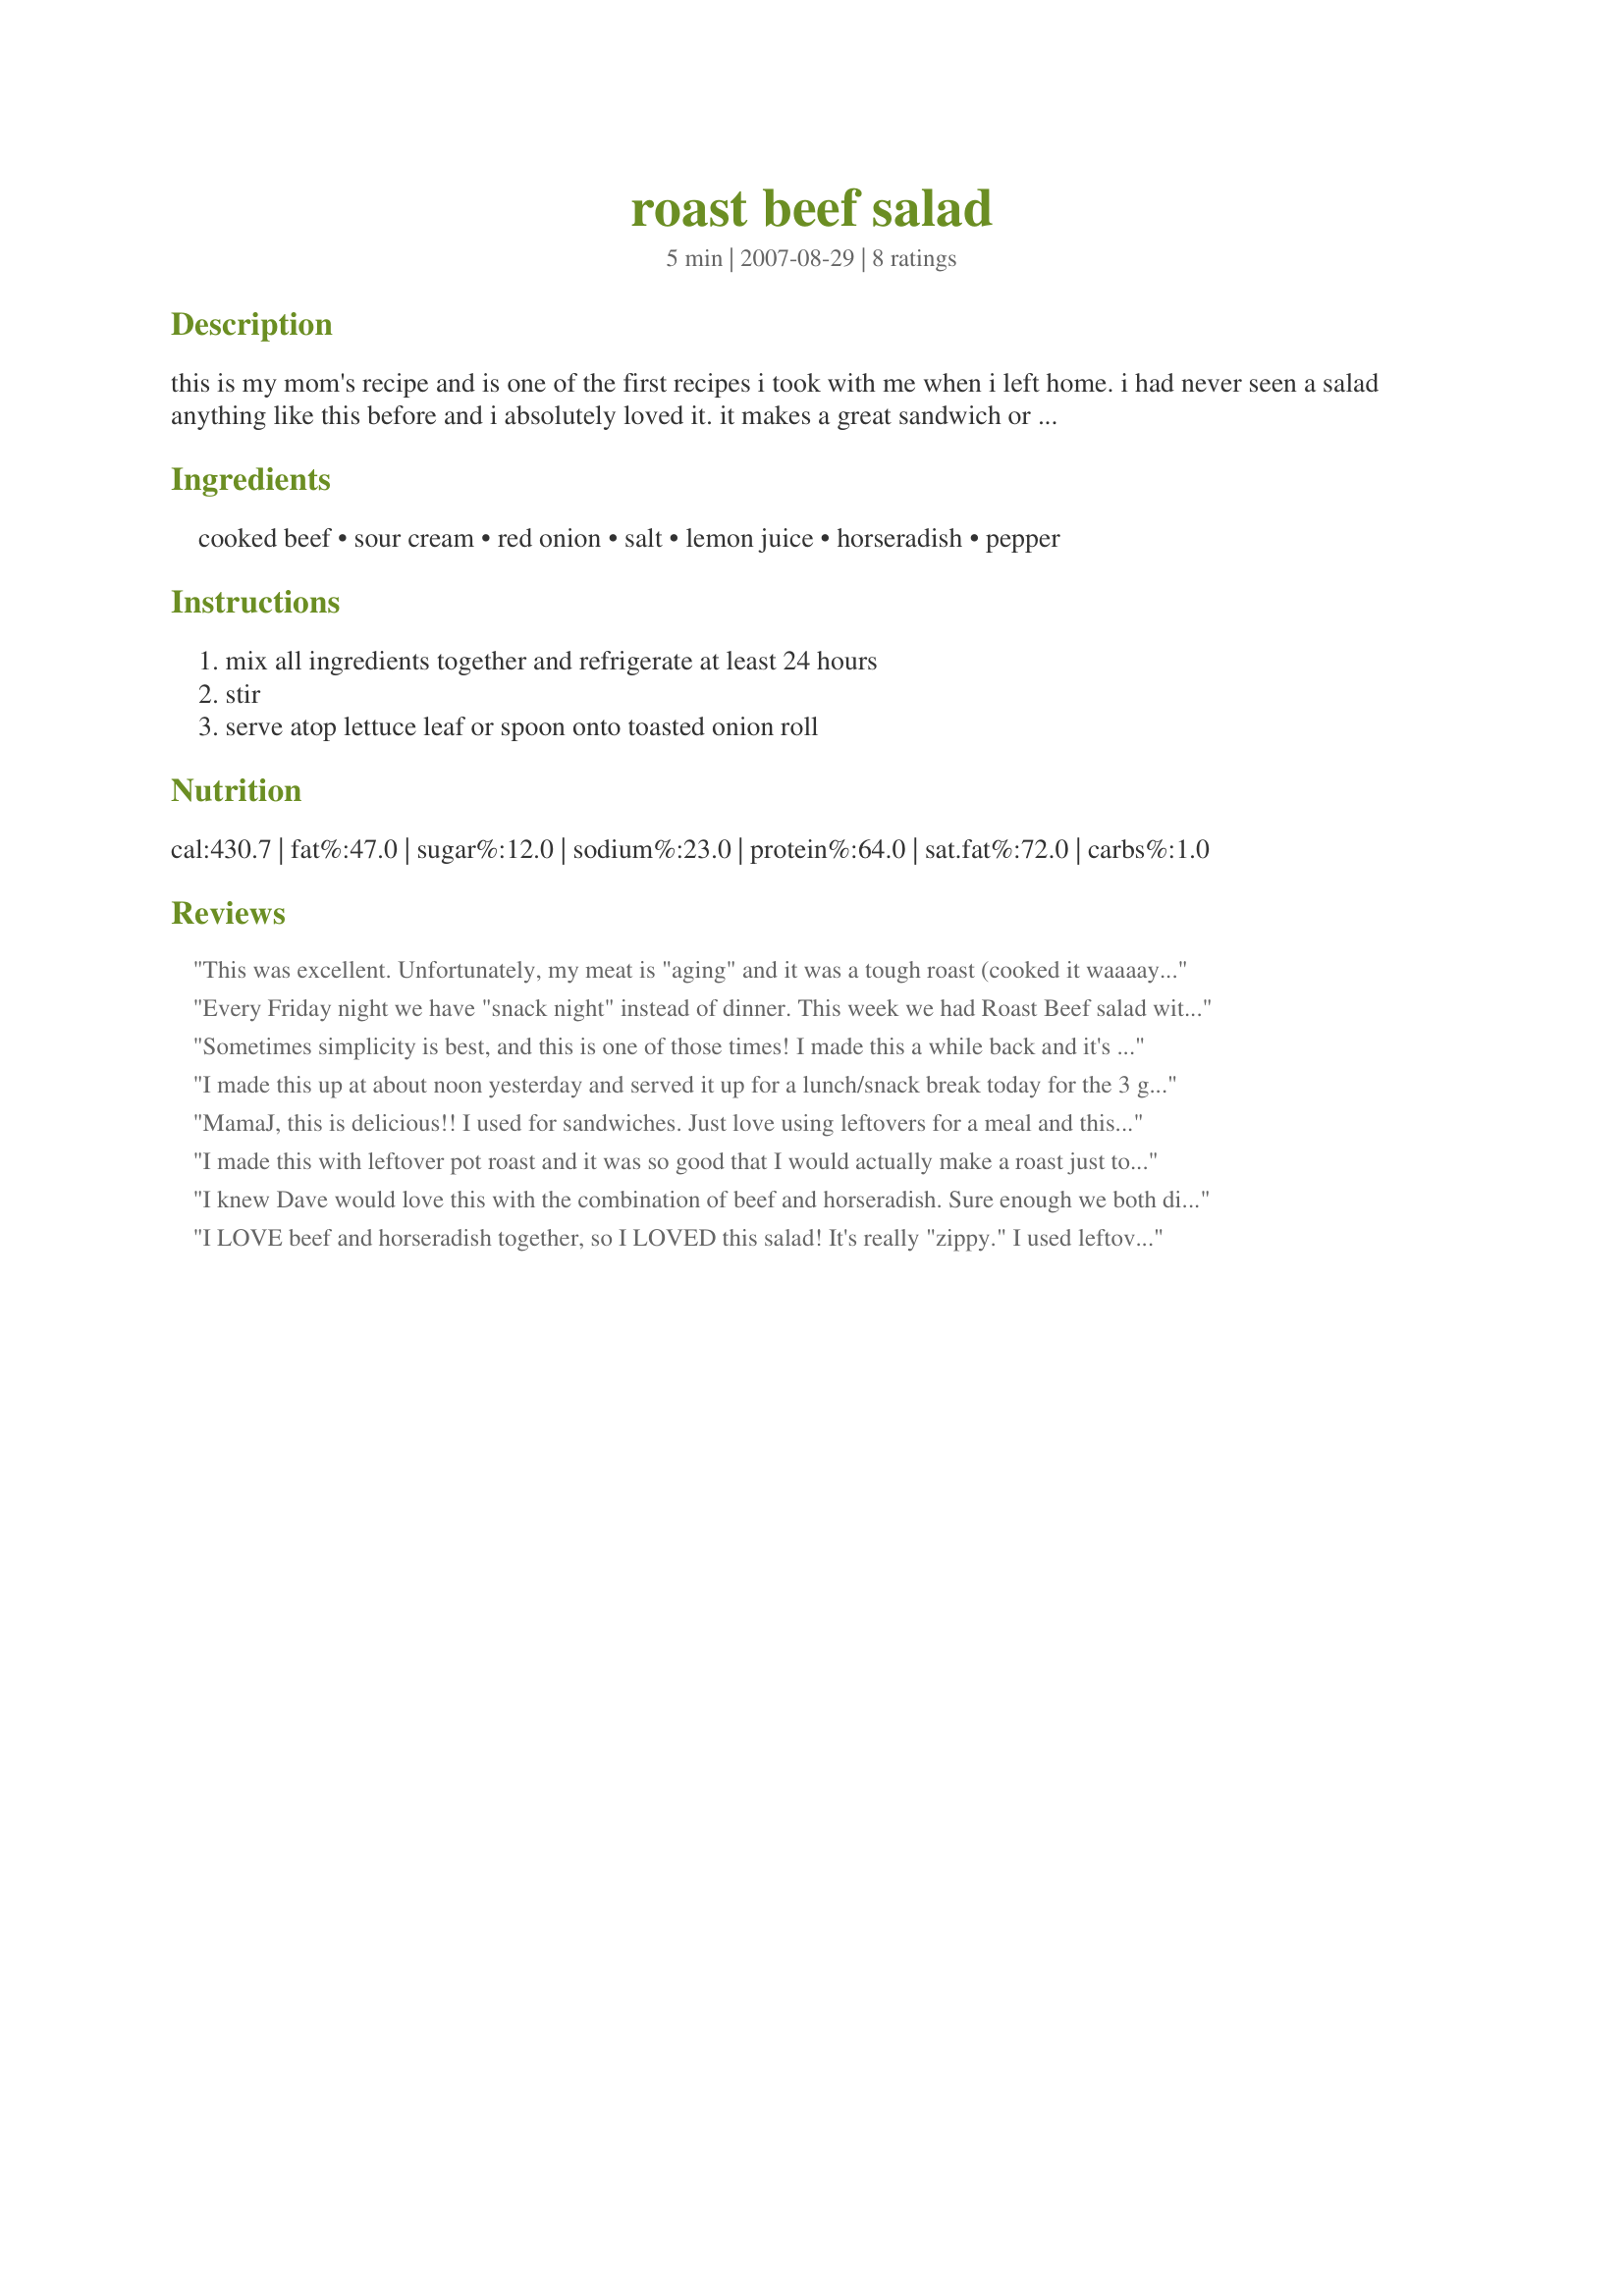
roast beef salad
Preparation time: 5 minutes

this is my mom's recipe and is one of the first recipes i took with me when i left home. i had never seen a salad anything like this before and i absolutely loved it. it makes a great sandwich or it can be eaten plain. it is great for a casual lunch with friends. enjoy! (time does not include chill time).

Ingredients:
cooked beef, sour cream, red onion, salt, lemon juice, horseradish, pepper

Steps:
mix all ingredients together and refrigerate at least 24 hours, stir, serve atop lettuce leaf or spoon onto toasted onion roll

Reviews:
This was excellent. Unfortunately, my meat is "aging" and it was a tough roast (cooked it waaaay too long), so next time, I will use a "young" roast that's not overdone. I followed the recipe precisely as written, and will do so again. I think a roast will be totally dedicated to this salad, and not just a way to use left over meat. Thanks
Every Friday night we have "snack night" instead of dinner. This week we had Roast Beef salad with cheese and crackers and we all loved it! It is such a nice change from the regular roast beef spread with pickle relish and mayo. The combination of beef and horseradish is always a winner. I used the food processor to chop the meat and we used green onions instead of red. Thanks for the great recipe. We will be having this again!
Sometimes simplicity is best, and this is one of those times! I made this a while back and it's one of those old recipes that can't be improved upon, it's excellent. I made as posted with reduced fat sour cream - thanks for posting, MamaJ, I love it!
I made this up at about noon yesterday and served it up for a lunch/snack break today for the 3 guys putting a new motor in our truck. I gave them toasted bread 1/2's to spread it on and a fresh pot of hot coffee. There was nothing left when they went back to work. I mean that I almost didn't have to wash the dish! I swear that somebody wiped the dish with a finger. I whizzed it up in the food processor and it really was done in 5 mins. I didn't have red onion but none of them complained that it was white. I think I'll make roasts next summer just to be able to make this up. Mine looked exactly like the photo by Mika G. Thanks MamaJ.
MamaJ, this is delicious!! I used for sandwiches. Just love using leftovers for a meal and this will go into my collection. I used sour cream with chives and omitted the red onion. And b/c DH does not like horseradish I used mustard instead. Thanks MamaJ for sharing. Made for ZWT4.
I made this with leftover pot roast and it was so good that I would actually make a roast just to make this salad-very good on crackers.
I knew Dave would love this with the combination of beef and horseradish. Sure enough we both did. Served on some crackers for an early snack today. It had not marinated the full 24 hours but it was very good anyway. I made this with left over roast beef from recipe #243571. Thanks for sharing.
I LOVE beef and horseradish together, so I LOVED this salad! It's really "zippy." I used leftover grilled top sirloin for the beef. Great use for leftover beef. Thanx for sharing your Mom's recipe; it's yummy!
